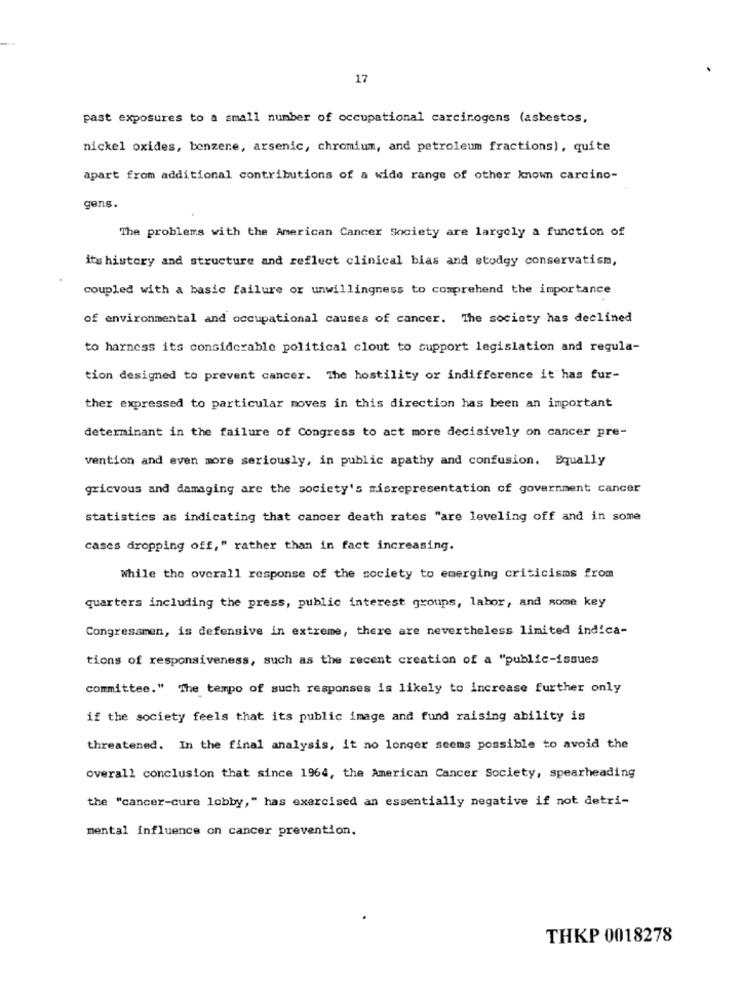
17
past exposures to a small number of occupational carcinogens (asbestos,
nickel oxides, benzene, arsenic, chromium, and petroleum fractions), quite
apart from additional contributions of a wide range of other known carcino-
gens.
The problems with the American Cancer Society are largely a function of
its history and structure and reflect clinical bias and stodgy conservatism,
coupled with a basic failure or unwillingness to comprehend the importance
of environmental and occupational causes of cancer. The society has declined
to harness its considerable political clout to support legislation and regula-
tion designed to prevent cancer. The hostility or indifference it has fur-
ther expressed to particular moves in this direction has been an important
determinant in the failure of Congress to act more decisively on cancer pre-
vention and even more seriously, in public apathy and confusion. Equally
grievous and damaging are the society's misrepresentation of government cancer
statistics as indicating that cancer death rates "are leveling off and in some
cases dropping off," rather than in fact increasing.
While the overall response of the society to emerging criticisms from
quarters including the press, public interest groups, labor, and some key
Congressmen, is defensive in extreme, there are nevertheless limited indica-
tions of responsiveness, such as the recent creation of a "public-issues
committee." The tempo of such responses is likely to increase further only
if the society feels that its public image and fund raising ability is
threatened. In the final analysis, it no longer seems possible to avoid the
overall conclusion that since 1964, the American Cancer Society, spearheading
the "cancer-cure lobby," has exercised an essentially negative if not detri-
mental influence on cancer prevention.
THKP 0018278